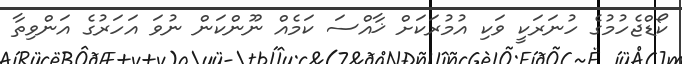
ކޯޑްޖެހުމުގެ ހުނަރަކީ ވަކި އުމުރަކަށް ޚާއްސަ ކަމެއް ނޫންކަން ނުވަ އަހަރުގެ އަންވިތާ